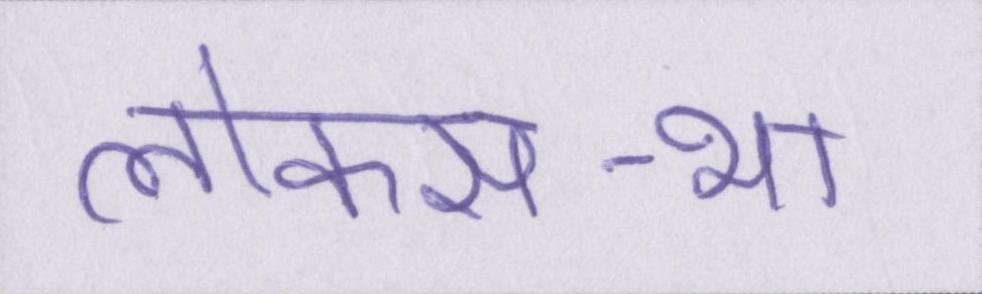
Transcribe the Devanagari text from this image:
लोकसभा